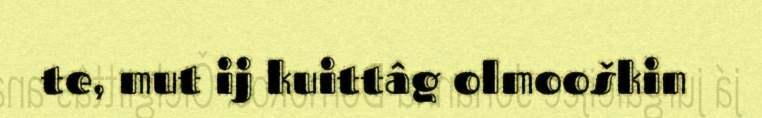
te, mut ij kuittâg olmooškin